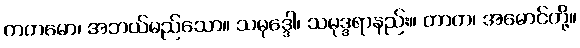
ကတမော၊ အဘယ်မည်သော။ သမုဒ္ဒေါ၊ သမုဒ္ဒရာနည်း။ တာတ၊ အမောင်တို့။